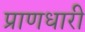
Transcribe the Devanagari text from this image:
प्राणधारी